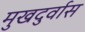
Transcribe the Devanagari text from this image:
मुखदुर्वास